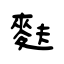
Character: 麩